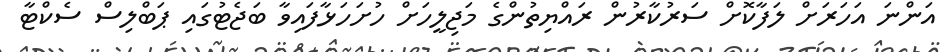
އަންނަ އަހަރަށް ލަފާކޮށް ސަރުކާރުން ރައްޔިތުންގެ މަޖިލީހަށް ހުށަހަޅާފައިވާ ބަޖެޓުގައި ޕަބްލިސް ސެކްޓާ